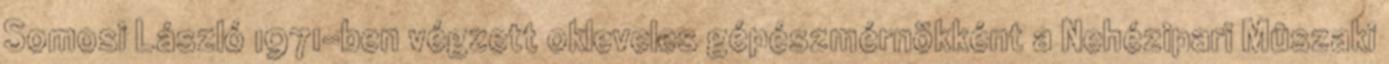
Somosi László 1971-ben végzett okleveles gépészmérnökként a Nehézipari Mûszaki